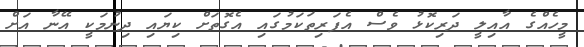
މީހެއްގެ އާއިލީ ދަރިކޮޅު ވެސް އެފަރިތަކަމުގައި އެގޮތަށް ކިޔައި ދިނުމަކީ އޭނާ އަށް